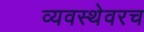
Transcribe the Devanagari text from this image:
व्यवस्थेवरच